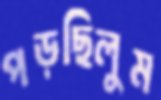
পড়ছিলুম